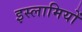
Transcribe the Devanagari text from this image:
इस्लामियों